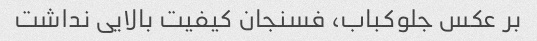
بر عکس جلوکباب، فسنجان کیفیت بالایی نداشت